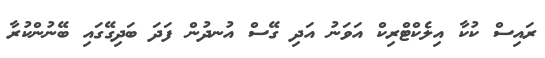
ރައިސް ކުކާ އިލެކްޓްރިކް އަވަނު އަދި ގޭސް އުނދުން ފަދަ ބަދިގޭގައި ބޭނުންކުރާ